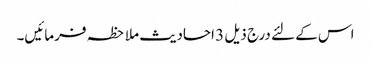
اس کے لئے درج ذیل 3 احادیث ملاحظہ فرمائیں۔